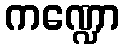
ကဏ္ဍော